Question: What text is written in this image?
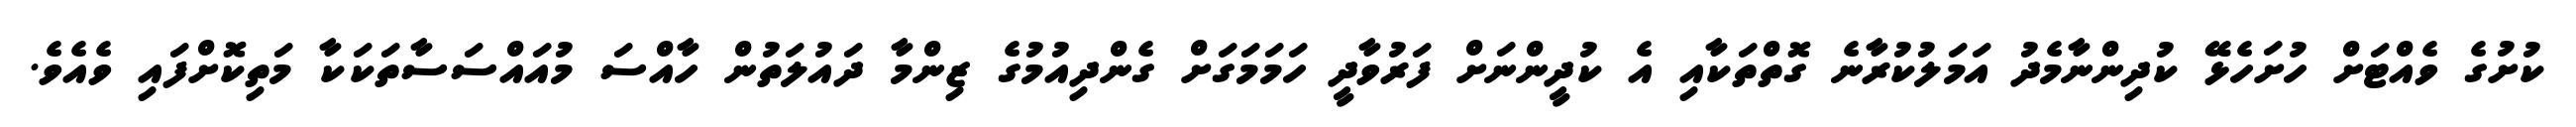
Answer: ކުށުގެ ވެއްޓަށް ހުށަހެޅޭ ކުދިންނާމެދު އަމަލުކުރާނެ ގޮތްތަކާއި އެ ކުދީންނަށް ފަރުވާދީ ހަމަމަގަށް ގެންދިއުމުގެ ޒިންމާ ދައުލަތުން ހާއްސަ މުއައްސަސާތަކަކާ މަތިކޮށްފައި ވެއެވެ.